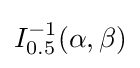
I_{0.5}^{-1}(\alpha ,\beta )